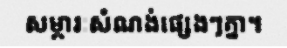
សម្ភារៈសំណង់ផ្សេងៗគ្នា។